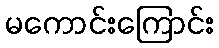
မကောင်းကြောင်း